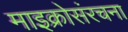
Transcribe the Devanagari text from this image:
माइक्रोसंरचना